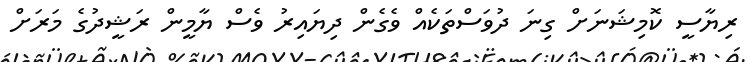
ރިޔާސީ ކޮމިޝަނަށް ގިނަ ދުވަސްތަކެއް ވެގެން ދިޔައިރު ވެސް ޔާމީން ރަޝީދުގެ މަރަށް